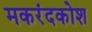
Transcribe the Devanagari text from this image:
मकरंदकोश